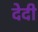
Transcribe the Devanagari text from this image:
देदी